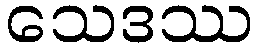
သေဒဿ